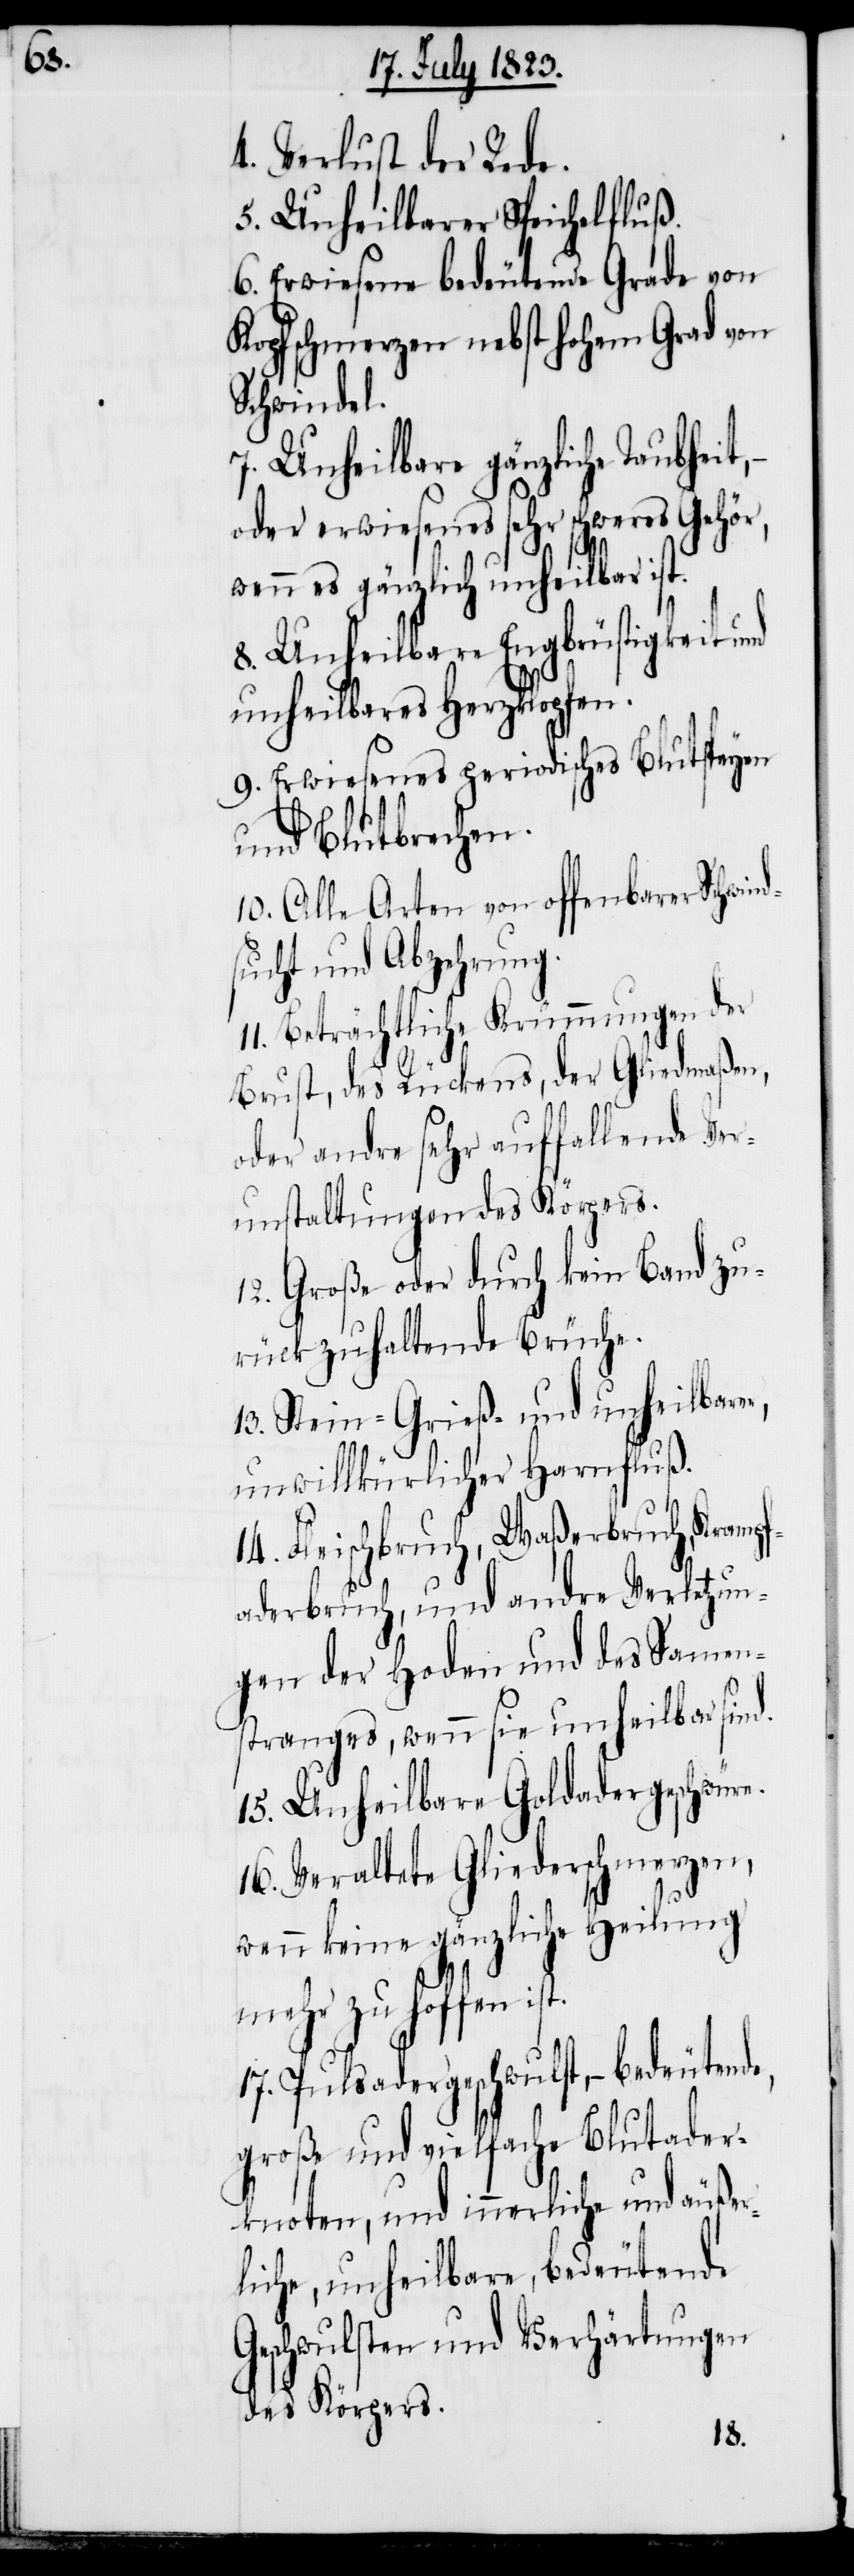
4. Verlust der Rede.
5. Unheilbarer Speichelfluß.
6. Erwiesene bedeutende Grade von
Kopfschmerzen nebst hohem Grad von
Schwindel.
7. Unheilbare gänzliche Taubheit,
oder erwiesenes sehr schweres Gehör,
wenn es gänzlich unheilbar ist.
8. Unheilbare Engbrüstigkeit und
unheilbares Herzklopfen.
9. Erwiesenes periodisches Blutspeyen
und Blutbrechen.
10. Alle Arten von offenbarer Schwind¬
sucht und Abzehrung.
11. Beträchtliche Krümmungen der
Brust, des Rückens, der Gliedmaßen,
oder andre sehr auffallende Ver¬
unstaltungen des Körpers.
12. Große oder durch kein Band zu¬
rückzuhaltende Brüche.
13. Stein- Grieß- und unheilbarer,
unwillkürlicher Harnfluß.
14. Fleischbruch, Waßerbruch, Krampf¬
aderbruch, und andre Verletzun¬
gen der Hoden und des Samen¬
stranges, wenn sie unheilbar sind.
15. Unheilbare Goldadergeschwüre.
16. Veraltete Gliederschmerzen,
wenn keine gänzliche Heilung
mehr zu hoffen ist.
17. Pulsadergeschwulst, − bedeutende,
große und vielfache Blutader¬
knoten, und innerliche und äußer¬
liche, unheilbare, bedeutende
Geschwulsten und Verhärtungen
des Körpers.